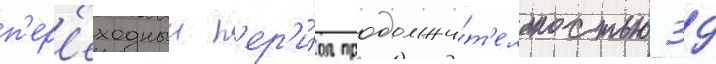
п'ер'еходныи п'ер'и́од продолжи́т'ельностью 39